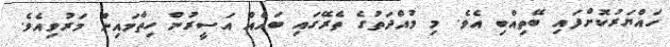
ހައްޔަރުކޮށްފައި ބޭތިއްބި އެވެ. މި މުއްދަތުގެ ތެރޭގައި ބައެއް އަސީރުން ހިތާމައިން މަރުވިއެވެ.